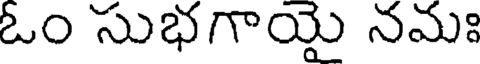
ఓం సుభగాయై నమః